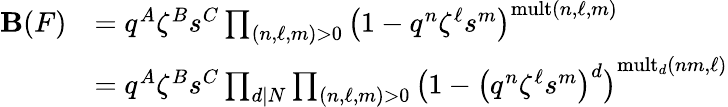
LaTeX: \begin{array}{rl}{\mathbf{B}(F)}&{=q^{A}\zeta^{B}s^{C}\prod_{(n,\ell,m)>0}\left(1-q^{n}\zeta^{\ell}s^{m}\right)^{\mathrm{mult}(n,\ell,m)}}\\ &{=q^{A}\zeta^{B}s^{C}\prod_{d|N}\prod_{(n,\ell,m)>0}\left(1-\big(q^{n}\zeta^{\ell}s^{m}\big)^{d}\right)^{\mathrm{mult}_{d}(nm,\ell)}}\end{array}